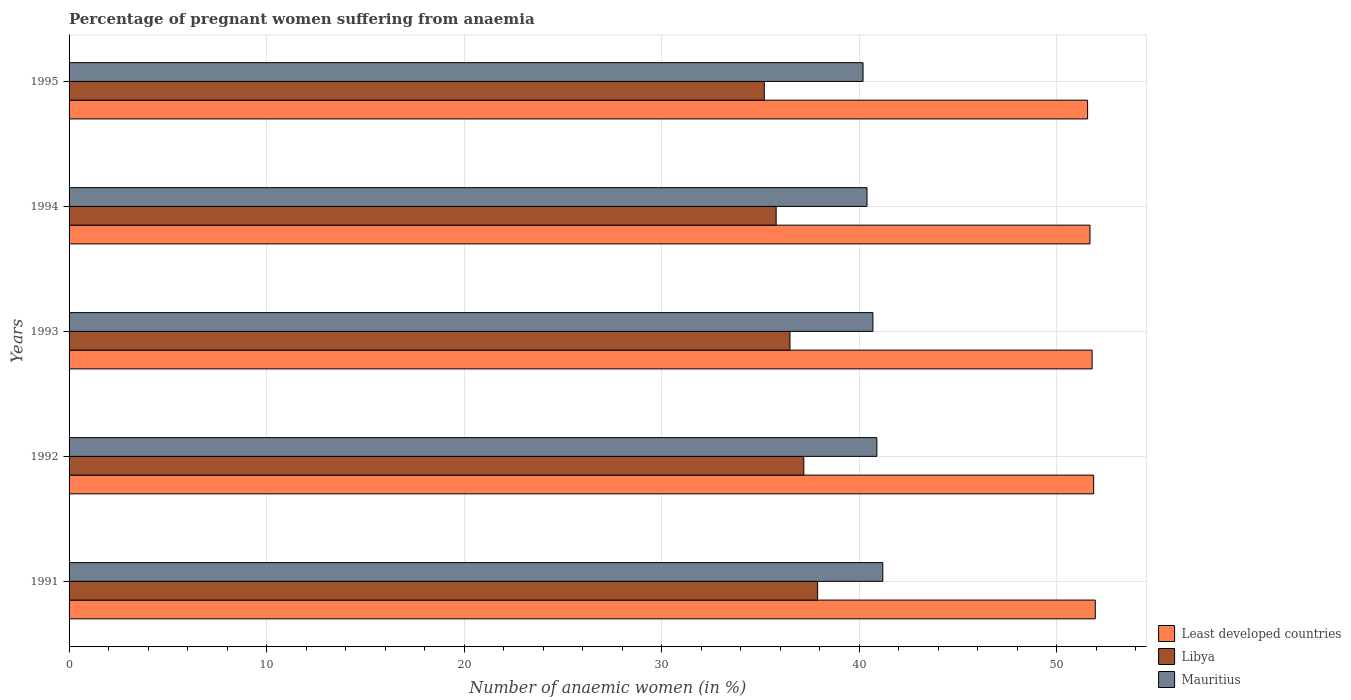
| Years | Least developed countries | Libya | Mauritius |
 | --- | --- | --- | --- |
 | 1991 | 52 | 37.9 | 41.2 |
 | 1992 | 51.9 | 37.2 | 40.9 |
 | 1993 | 51.8 | 36.5 | 40.7 |
 | 1994 | 51.7 | 35.8 | 40.4 |
 | 1995 | 51.6 | 35.2 | 40.2 |